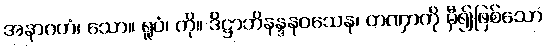
အနာဂတံ၊ သော။ ရူပံ၊ ကို။ ဒိဋ္ဌာဘိနန္ဒနဝသေန၊ တဏှာကို မှီ၍ဖြစ်သော